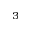
^ { 3 }